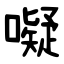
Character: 㘈